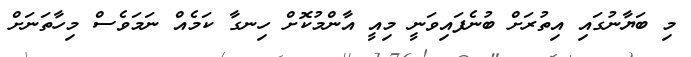
މި ބަޔާނުގައި އިތުރަށް ބުނެފައިވަނީ މިއީ އާންމުކޮށް ހިނގާ ކަމެއް ނަމަވެސް މިހާތަނަށް